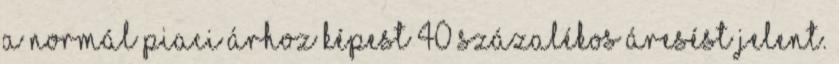
a normál piaci árhoz képest 40 százalékos áresést jelent.